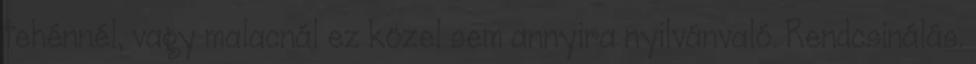
tehénnél, vagy malacnál ez közel sem annyira nyilvánvaló. Rendcsinálás.